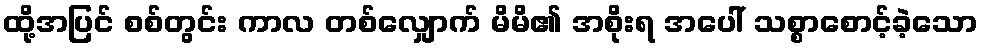
ထို့အပြင် စစ်တွင်း ကာလ တစ်လျှောက် မိမိ၏ အစိုးရ အပေါ် သစ္စာစောင့်ခဲ့သော